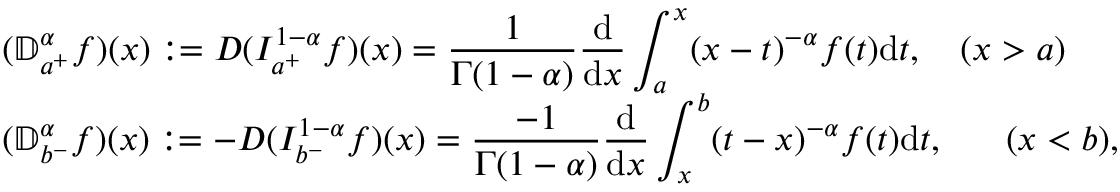
\begin{array} { l l l } & { ( { \mathbb D } _ { a ^ { + } } ^ { \alpha } f ) ( x ) : = D ( I _ { a ^ { + } } ^ { 1 - \alpha } f ) ( x ) = \displaystyle \frac { 1 } { \Gamma ( 1 - \alpha ) } \frac { \mathrm { d } } { \mathrm { d } x } \int _ { a } ^ { x } ( x - t ) ^ { - \alpha } f ( t ) \mathrm { d } t , \quad ( x > a ) } \\ & { ( { \mathbb D } _ { b ^ { - } } ^ { \alpha } f ) ( x ) : = - D ( I _ { b ^ { - } } ^ { 1 - \alpha } f ) ( x ) = \displaystyle \frac { - 1 } { \Gamma ( 1 - \alpha ) } \frac { \mathrm { d } } { \mathrm { d } x } \int _ { x } ^ { b } ( t - x ) ^ { - \alpha } f ( t ) \mathrm { d } t , \quad ~ ~ ( x < b ) , } \end{array}